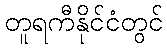
တူရကီနိုင်ငံတွင်